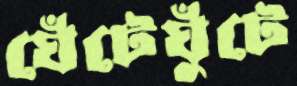
ঘেঁটেঘুঁটে